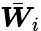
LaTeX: \bar{\boldsymbol{W}}_{i}